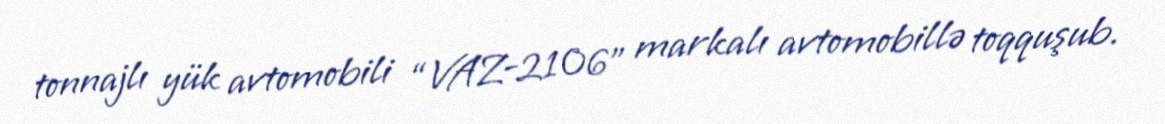
tonnajlı yük avtomobili “VAZ-2106” markalı avtomobillə toqquşub.